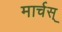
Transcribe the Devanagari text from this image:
मार्चस्